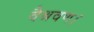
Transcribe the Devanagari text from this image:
वैश्रवण।